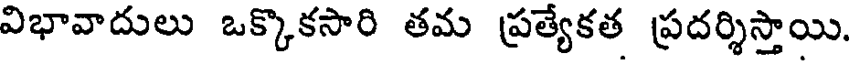
విభావాదులు ఒక్కొకసారి తమ ప్రత్యేకత ప్రదర్శిస్తాయి.